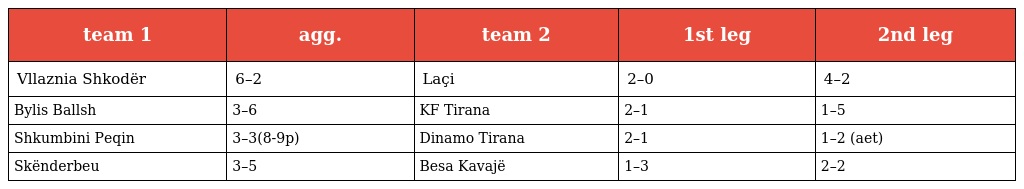
| team 1 | agg. | team 2 | 1st leg | 2nd leg |
 | --- | --- | --- | --- | --- |
 | Vllaznia Shkodër | 6–2 | Laçi | 2–0 | 4–2 |
 | Bylis Ballsh | 3–6 | KF Tirana | 2–1 | 1–5 |
 | Shkumbini Peqin | 3–3(8-9p) | Dinamo Tirana | 2–1 | 1–2 (aet) |
 | Skënderbeu | 3–5 | Besa Kavajë | 1–3 | 2–2 |